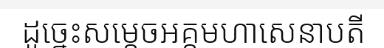
ដូច្នេះសម្តេចអគ្គមហាសេនាបតី